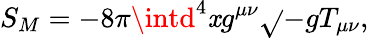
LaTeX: S_{M}=-8\pi\intd^{4}\mathit{x}g^{\mu\nu}\sqrt{}{{-g}}T_{\mu\nu},